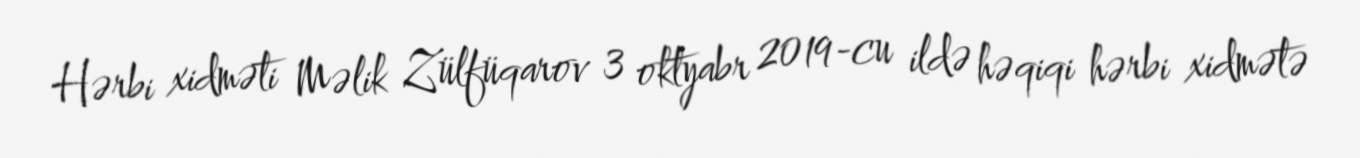
Hərbi xidməti Məlik Zülfüqarov 3 oktyabr 2019-cu ildə həqiqi hərbi xidmətə